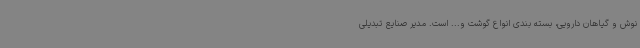
نوش و گیاهان دارویی، بسته بندی انواع گوشت و... است. مدیر صنایع تبدیلی